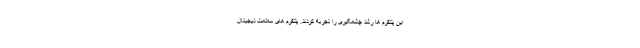
این پلتفرم ها رشد چشمگیری را تجربه کردند. پلتفرم های سلامت دیجیتال